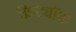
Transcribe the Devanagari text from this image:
फ्रिट्यॉफ